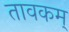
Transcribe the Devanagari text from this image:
तावकम्